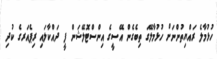
ހުޅުމާލެ ރައްޔިތުންނަށް ހުޅުމާލޭގަ ތިބެގެން އޭސީގެ އިންސްޓޮލޭޝަން ފީ ދައްކާލައި ރިޕެއަރގެ ކުދި